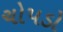
ચોપડો